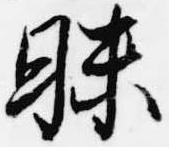
昧